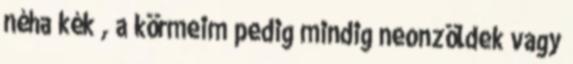
néha kék , a körmeim pedig mindig neonzöldek vagy